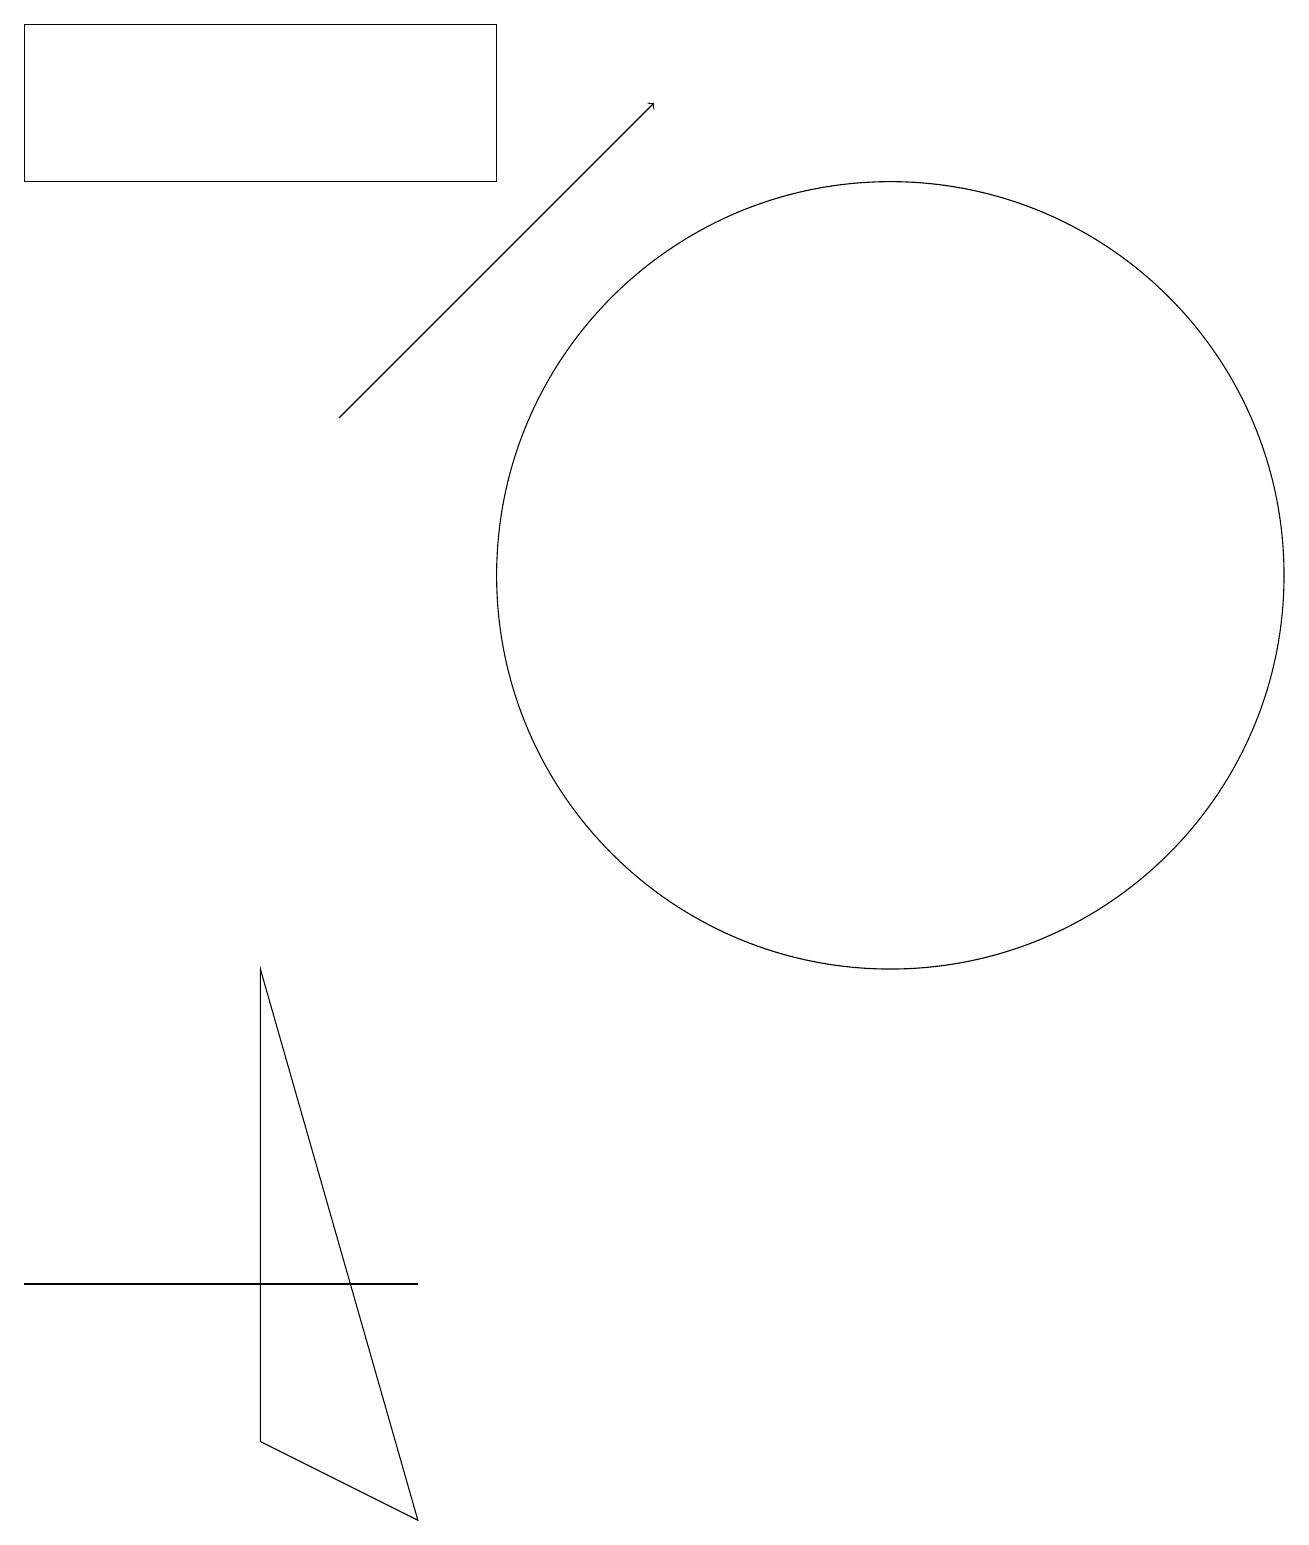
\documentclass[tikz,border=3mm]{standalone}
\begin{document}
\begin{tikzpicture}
\draw (4,3) -- (5,3) -- (0,3) -- cycle;
\draw (11,12) circle (5);
\draw (5,0) -- (3,7) -- (3,1) -- cycle;
\draw[->] (4,14) -- (8,18);
\draw (0,17) rectangle (6,19);
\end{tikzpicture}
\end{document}